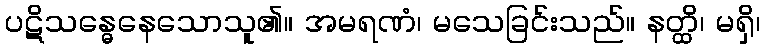
ပဋိသန္ဓေနေသောသူ၏။ အမရဏံ၊ မသေခြင်းသည်။ နတ္ထိ၊ မရှိ၊